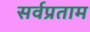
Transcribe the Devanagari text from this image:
सर्वप्रताम